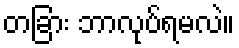
တခြား ဘာလုပ်ရမလဲ။